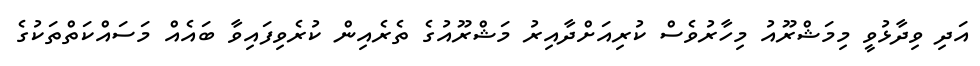
އަދި ވިދާޅުވީ މިމަޝްރޫއު މިހާރުވެސް ކުރިއަށްދާއިރު މަޝްރޫއުގެ ތެރެއިން ކުރެވިފައިވާ ބައެއް މަސައްކަތްތަކުގެ